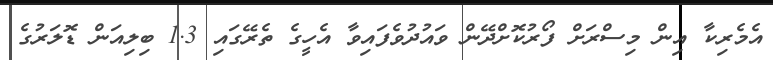
އެމެރިކާ އިން މިސްރަށް ފޯރުކޮށްދޭން ވައުދުވެފައިވާ އެހީގެ ތެރޭގައި 1.3 ބިލިއަން ޑޮލަރުގެ